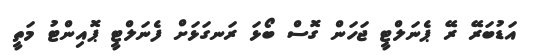
އަޑުބަރޭ ރޭ ޕެނަލްޓީ ޖަހަން ގޮސް ބޯޅަ ރަނގަޅަށް ފެނަލްޓީ ޕޮއިންޓު މަތީ